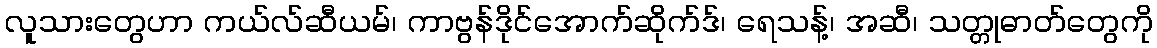
လူသားတွေဟာ ကယ်လ်ဆီယမ်၊ ကာဗွန်ဒိုင်အောက်ဆိုက်ဒ်၊ ရေသန့်၊ အဆီ၊ သတ္တုဓာတ်တွေကို